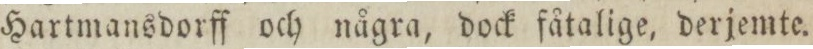
Hartmansdorff och några, dock fåtalige, derjemte.